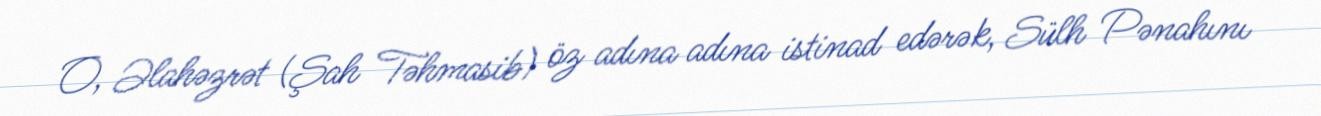
O, Əlahəzrət (Şah Təhmasib) öz adına adına istinad edərək, Sülh Pənahını